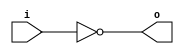
module inv1(output o, input i);
  assign o=~i;
endmodule

module inv2(output o, input i);
  not x(o,i);
endmodule

module bench;
  reg in;
  wire out1,out2;

  inv1 x1(out1,in);
  inv2 x2(out2,in);

  initial begin
    $dumpvars(0,bench);
    #5;
    in=0;
    #5;
    in=1;
    #5;
    $finish;
  end
endmodule